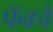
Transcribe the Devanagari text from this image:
पॅनचे